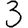
Digit: 3